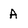
Character: A